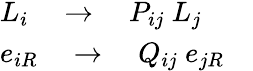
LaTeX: \begin{array}{l}{{L_{i}\quad\rightarrow\quad P_{ij}\ L_{j}}}\\ {{e_{iR}\quad\rightarrow\quad Q_{ij}\ e_{jR}}}\end{array}\quad